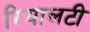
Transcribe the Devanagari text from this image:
रियालटी